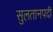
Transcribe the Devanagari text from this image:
सुलतानपदी